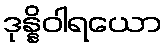
ဒုန္နိဝါရယော